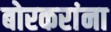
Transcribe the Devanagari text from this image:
बोरकरांना